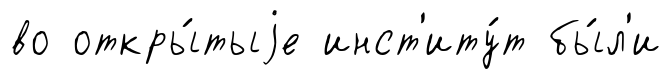
во откры́тыjе инст'иту́т бы́л'и